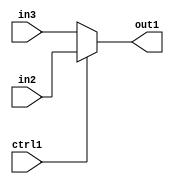
`timescale 1ps / 1ps
/*****************************************************************************
    Verilog RTL Description
    
    
    Created by: Stratus DpOpt 2019.1.01 
*******************************************************************************/

module mac_N_Mux_32_2_4_0 (
	in3,
	in2,
	ctrl1,
	out1
	); /* architecture "behavioural" */ 
input [31:0] in3,
	in2;
input  ctrl1;
output [31:0] out1;
wire [31:0] asc001;

reg [31:0] asc001_tmp_0;
assign asc001 = asc001_tmp_0;
always @ (ctrl1 or in2 or in3) begin
	case (ctrl1)
		1'B1 : asc001_tmp_0 = in2 ;
		default : asc001_tmp_0 = in3 ;
	endcase
end

assign out1 = asc001;
endmodule

/* CADENCE  uLXwSAw= : u9/ySgnWtBlWxVPRXgAZ4Og= ** DO NOT EDIT THIS LINE ******/